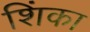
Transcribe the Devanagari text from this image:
शिंका